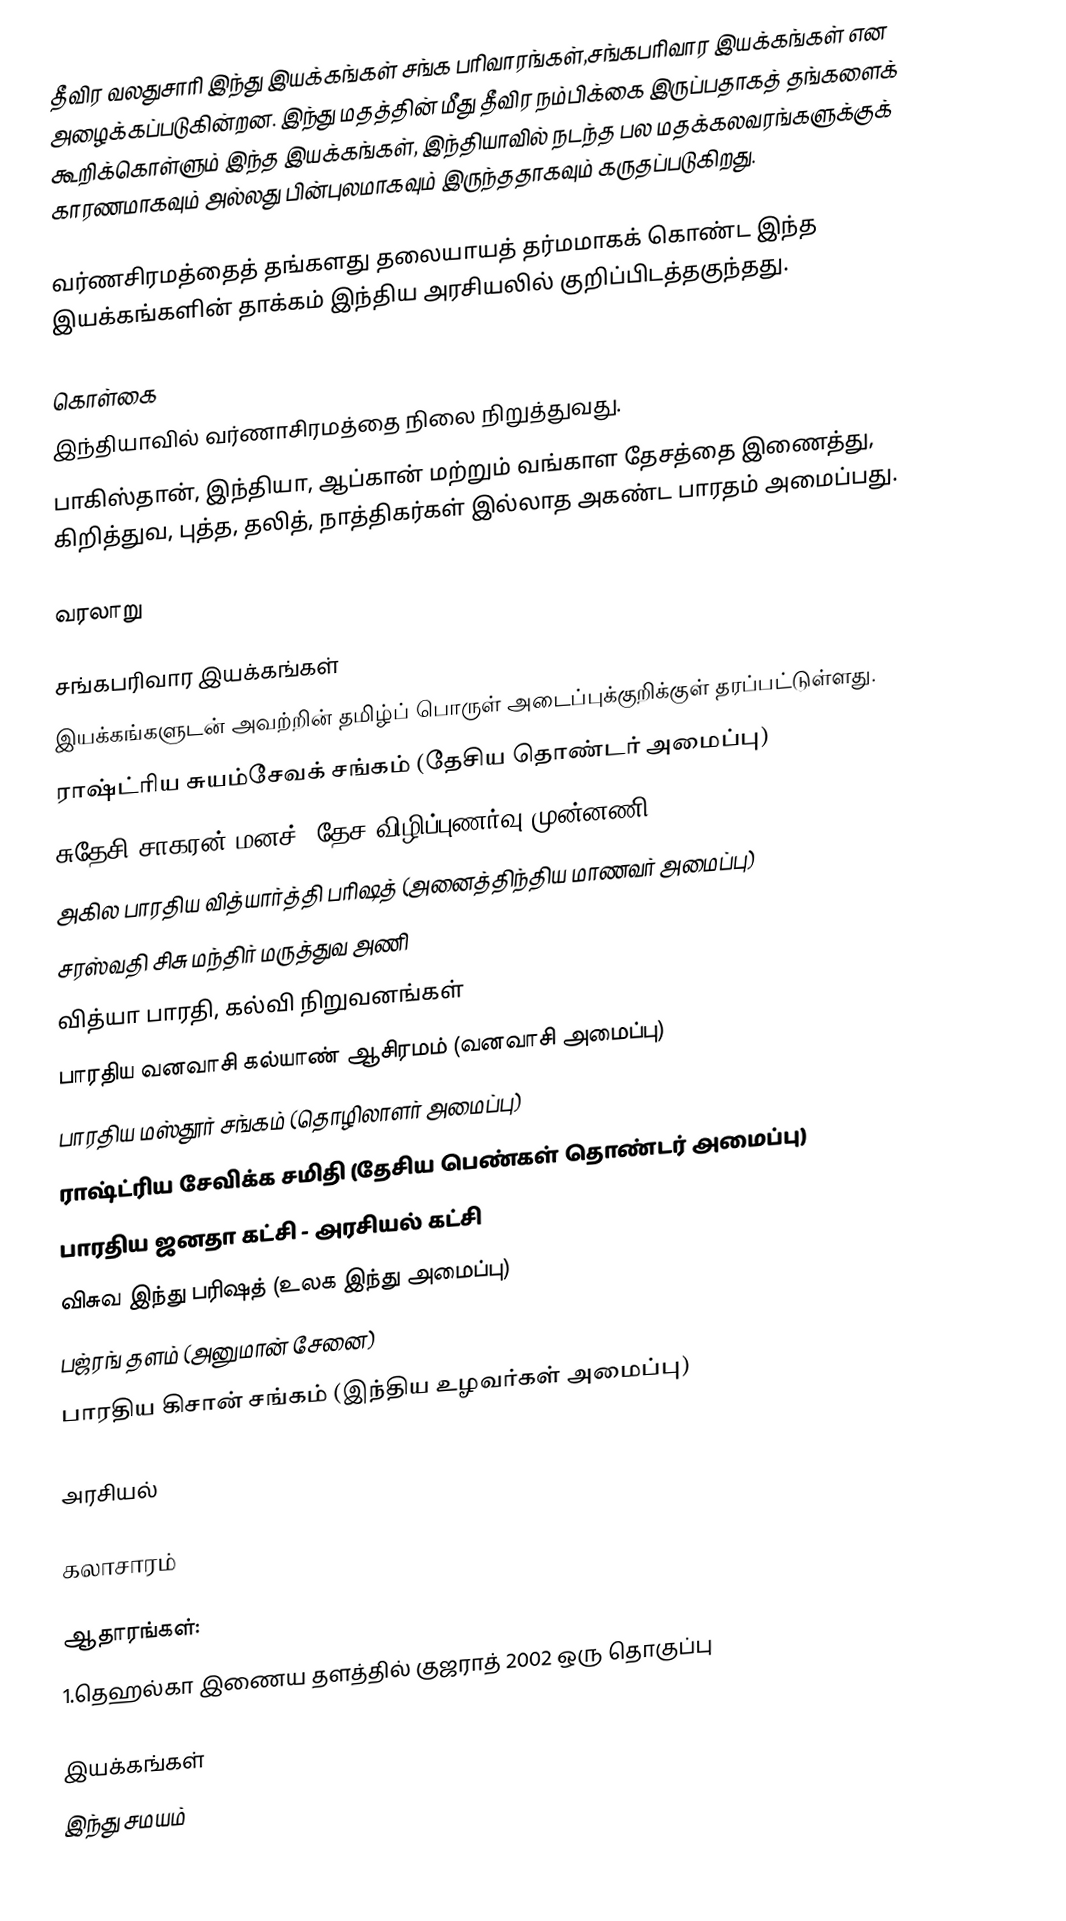
தீவிர வலதுசாரி இந்து இயக்கங்கள் சங்க பரிவாரங்கள்,சங்கபரிவார இயக்கங்கள் என அழைக்கப்படுகின்றன. இந்து மதத்தின் மீது தீவிர நம்பிக்கை இருப்பதாகத் தங்களைக் கூறிக்கொள்ளும் இந்த இயக்கங்கள், இந்தியாவில் நடந்த பல மதக்கலவரங்களுக்குக் காரணமாகவும் அல்லது பின்புலமாகவும் இருந்ததாகவும் கருதப்படுகிறது.

வர்ணசிரமத்தைத் தங்களது தலையாயத் தர்மமாகக் கொண்ட இந்த இயக்கங்களின் தாக்கம் இந்திய அரசியலில் குறிப்பிடத்தகுந்தது.

கொள்கை
 இந்தியாவில் வர்ணாசிரமத்தை நிலை நிறுத்துவது.
 பாகிஸ்தான், இந்தியா, ஆப்கான் மற்றும் வங்காள தேசத்தை இணைத்து, கிறித்துவ, புத்த, தலித், நாத்திகர்கள் இல்லாத அகண்ட பாரதம் அமைப்பது.

வரலாறு

சங்கபரிவார இயக்கங்கள்
இயக்கங்களுடன் அவற்றின் தமிழ்ப் பொருள் அடைப்புக்குறிக்குள் தரப்பட்டுள்ளது.
 ராஷ்ட்ரிய சுயம்சேவக் சங்கம் (தேசிய தொண்டர் அமைப்பு)
 சுதேசி சாகரன் மனச் (தேச விழிப்புணர்வு முன்னணி)
 அகில பாரதிய வித்யார்த்தி பரிஷத் (அனைத்திந்திய மாணவர் அமைப்பு)
 சரஸ்வதி சிசு மந்திர் மருத்துவ அணி
 வித்யா பாரதி, கல்வி நிறுவனங்கள்
 பாரதிய வனவாசி கல்யாண் ஆசிரமம் (வனவாசி அமைப்பு)
 பாரதிய மஸ்தூர் சங்கம் (தொழிலாளர் அமைப்பு)
 ராஷ்ட்ரிய சேவிக்க சமிதி (தேசிய பெண்கள் தொண்டர் அமைப்பு)
 பாரதிய ஜனதா கட்சி - அரசியல் கட்சி
 விசுவ இந்து பரிஷத் (உலக இந்து அமைப்பு)
 பஜ்ரங் தளம் (அனுமான் சேனை)
 பாரதிய கிசான் சங்கம் (இந்திய உழவர்கள் அமைப்பு)

அரசியல்

கலாசாரம்

ஆதாரங்கள்:
1.தெஹல்கா இணைய தளத்தில் குஜராத் 2002 ஒரு தொகுப்பு

இயக்கங்கள்
இந்து சமயம்